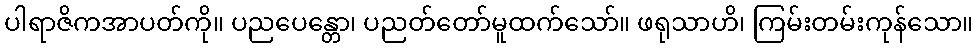
ပါရာဇိကအာပတ်ကို။ ပညပေန္တော၊ ပညတ်တော်မူထက်သော်။ ဖရုသာဟိ၊ ကြမ်းတမ်းကုန်သော။